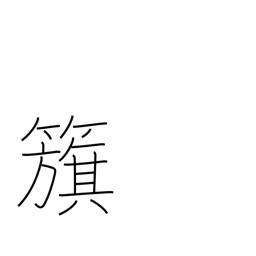
Meaning: flag